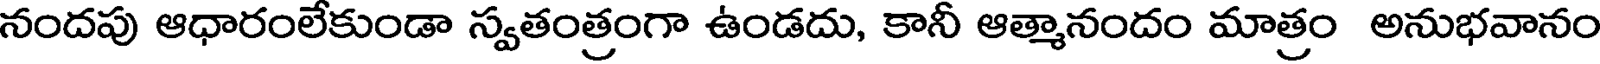
నందపు ఆధారంలేకుండా స్వతంత్రంగా ఉండదు, కానీ ఆత్మానందం మాత్రం అనుభవానం